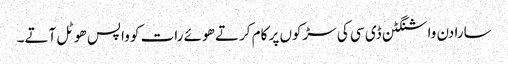
سارا دن واشنگٹن ڈی سی کی سڑکوں پر کام کرتے ھوئے رات کو واپس ھوٹل آتے۔